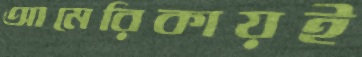
আমেরিকায়ই